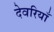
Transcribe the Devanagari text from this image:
देवरियाँ